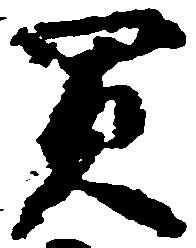
買